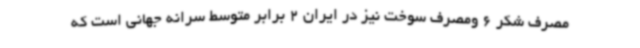
مصرف شکر 6 ومصرف سوخت نیز در ایران 2 برابر متوسط سرانه جهانی است که